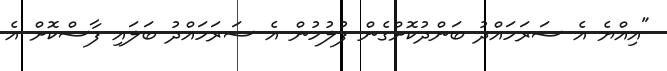
"އިއްޔެ އެ ސަރަހައްދު ބަންދުކޮށްގެން ފުލުހުން އެ ސަރަހައްދު ބަލައި ފާސްކޮށް އެ